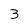
Character: 3